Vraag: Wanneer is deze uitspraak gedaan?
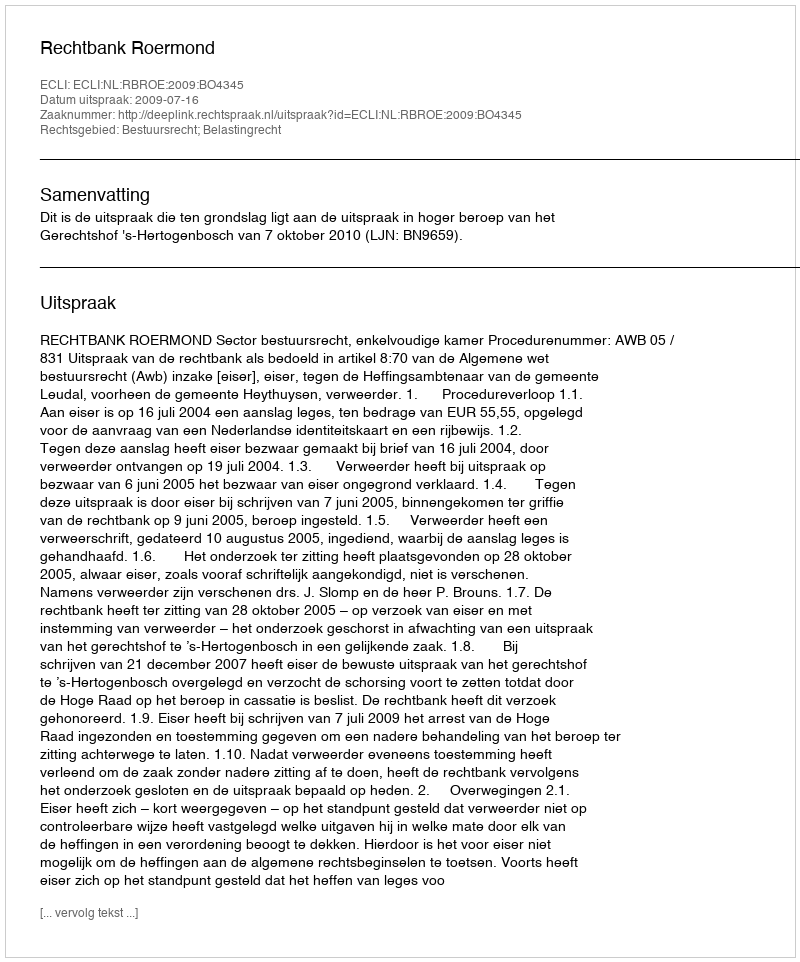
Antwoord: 2009-07-16